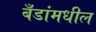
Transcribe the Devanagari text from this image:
बँडांमधील